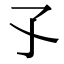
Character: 孓